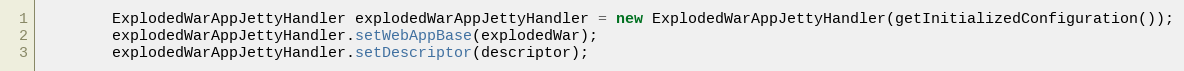
Language: Java
        ExplodedWarAppJettyHandler explodedWarAppJettyHandler = new ExplodedWarAppJettyHandler(getInitializedConfiguration());
        explodedWarAppJettyHandler.setWebAppBase(explodedWar);
        explodedWarAppJettyHandler.setDescriptor(descriptor);